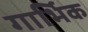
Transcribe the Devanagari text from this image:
गार्भिक